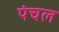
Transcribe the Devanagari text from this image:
पंचल